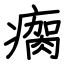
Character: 瘸